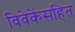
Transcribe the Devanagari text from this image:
विवेकेंसहित